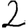
Digit: 2